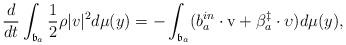
LaTeX: \begin{align*}\frac{d}{dt}\int_{\mathfrak{b}_{a}}\frac{1}{2}\rho|v|^{2}d\mu (y)= -\int_{\mathfrak{b}_{a}}(b_{a}^{in}\cdot\mathrm{v}+\beta_{a}^{\ddagger}\cdot\upsilon)d\mu (y), \end{align*}